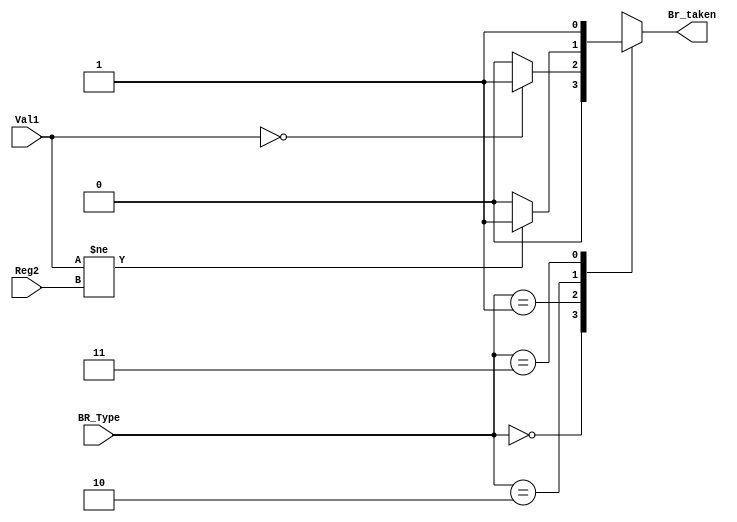
module Condition_Check (
	input [31:0] Reg2,
	input [31:0] Val1,
	input [1:0]BR_Type,
	output reg Br_taken
	
);

always @(*) begin : proc_ConditionCheck
	Br_taken = 0;
	case(BR_Type)
		0 : begin : OtherInstruction
			Br_taken = 0;
		end
		1 : begin : BEZ
			if(Val1 == 0) begin
				Br_taken = 1;
			end
		end
		2 : begin : BNE
			if(Val1 != Reg2) begin
				Br_taken = 1;
			end
		end
		3 : begin : JMP
			Br_taken = 1;
		end
	endcase
end

endmodule